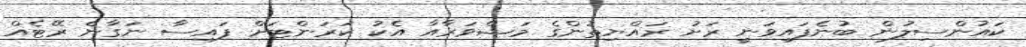
ކައުންސިލުން ބުނެފައިވަނީ ރަށު ރައްޔިތުންގެ މަޝްވަރާއާ އެކު ކަރަންޓަށް ފައިސާ ނަގާނެ ރޭޓެއް